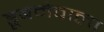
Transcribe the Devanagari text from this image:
डूबनेवाला